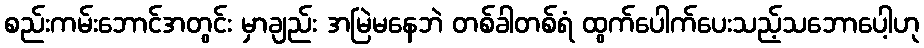
စည်းကမ်းဘောင်အတွင်း မှာချည်း အမြဲမနေဘဲ တစ်ခါတစ်ရံ ထွက်ပေါက်ပေးသည့်သဘောပေါ့ဟု